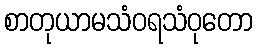
စာတုယာမသံဝရသံဝုတော